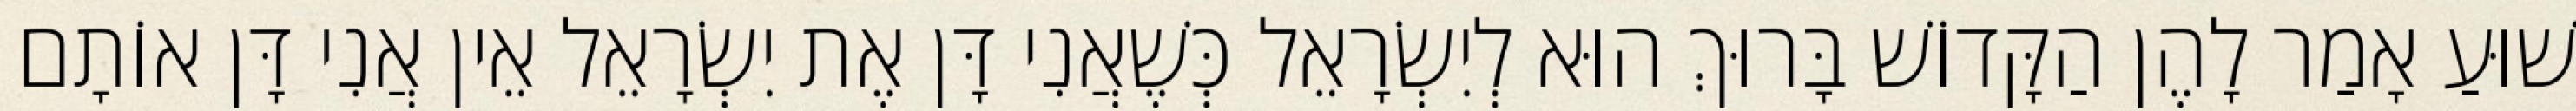
שׁוּעַ אָמַר לָהֶן הַקָּדוֹשׁ בָּרוּךְ הוּא לְיִשְׂרָאֵל כְּשֶׁאֲנִי דָּן אֶת יִשְׂרָאֵל אֵין אֲנִי דָּן אוֹתָם